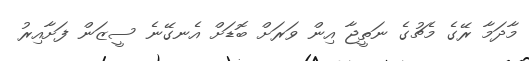
މާދަމާ ރޭގެ މެޗުގެ ނަތީޖާ އިން ވަރަށް ބޮޑަށް އެނގޭނެ ސީޒަން ފަށާއިރު